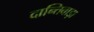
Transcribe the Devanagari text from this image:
दान्तिवाड़ा